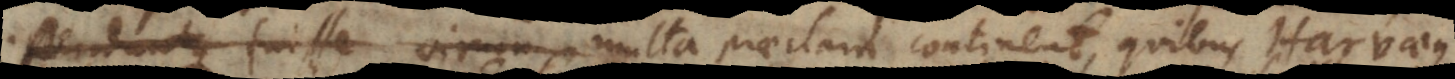
dedit philosophus multa praeclara continent, quibus Harvaeus